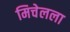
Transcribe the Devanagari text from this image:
मिचेलला